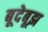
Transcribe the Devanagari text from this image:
बूदेबूझ